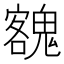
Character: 𩳼